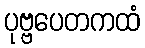
ပုဗ္ဗပေတကထံ